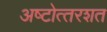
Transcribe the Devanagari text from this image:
अष्‍टोत्‍तरशत